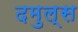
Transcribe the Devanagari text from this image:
दमुल्स